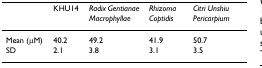
<table><thead><tr><td></td><td><b>KHU14</b></td><td><b><i>Radix Gentianae Macrophyllae</i></b></td><td><b><i>Rhizoma Coptidis</i></b></td><td><b><i>Citri Unshiu Pericarpium</i></b></td></tr></thead><tbody><tr><td>Mean (μM)</td><td>40.2</td><td>49.2</td><td>41.9</td><td>50.7</td></tr><tr><td>SD</td><td>2.1</td><td>3.8</td><td>3.1</td><td>3.5</td></tr></tbody></table>